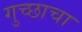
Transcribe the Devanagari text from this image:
गुच्छाचा